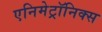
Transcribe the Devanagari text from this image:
एनिमेट्रॉनिक्स